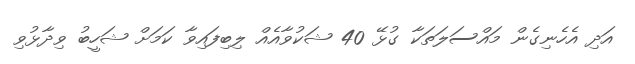
އަދި އެހެނިގެން މައްސަލަތަކާ ގުޅޭ 40 ޝަކުވާއެއް ލިބިފައިވާ ކަމަށް ޝަހީބު ވިދާޅުވި